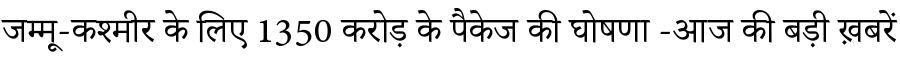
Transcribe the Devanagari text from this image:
जम्मू-कश्मीर के लिए 1350 करोड़ के पैकेज की घोषणा -आज की बड़ी ख़बरें